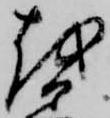
越